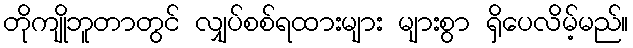
တိုကျိုဘူတာတွင် လျှပ်စစ်ရထားများ များစွာ ရှိပေလိမ့်မည်။